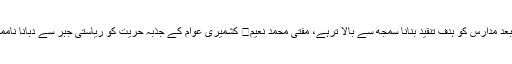
دہشتگردی کے سانحات کے بعد مدارس کو ہدف تنقید بنانا سمجھ سے بالا ترہے، مفتی محمد نعیم	 کشمیری عوام کے جذبہ حریت کو ریاستی جبر سے دبانا ناممکن ہے:صہیب الدین کاکا خیل